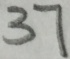
3 7